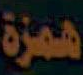
همزة